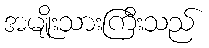
အမျိုးသားကြီးသည်